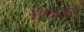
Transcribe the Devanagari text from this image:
चोरांकडून